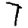
Digit: 7